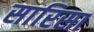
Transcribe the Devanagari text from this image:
सारिसा